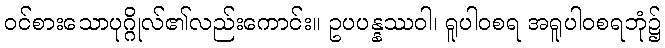
ဝင်စားသောပုဂ္ဂိုလ်၏လည်းကောင်း။ ဥပပန္နဿဝါ၊ ရူပါဝစရ အရူပါဝစရဘုံ၌